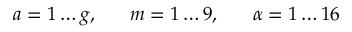
a = 1 \ldots g , \; \; \; \; \; \; m = 1 \ldots 9 , \; \; \; \; \; \; \alpha = 1 \ldots 1 6